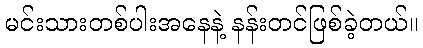
မင်းသားတစ်ပါးအနေနဲ့ နန်းတင်ဖြစ်ခဲ့တယ်။